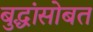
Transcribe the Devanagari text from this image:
बुद्धांसोबत